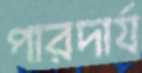
পারদার্য